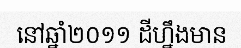
នៅឆ្នាំ២០១១ ដីហ្នឹងមាន